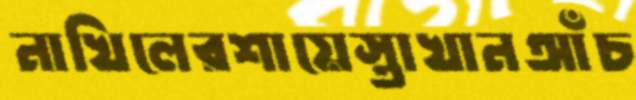
নাখিলেরশায়েস্তাখানআঁচ